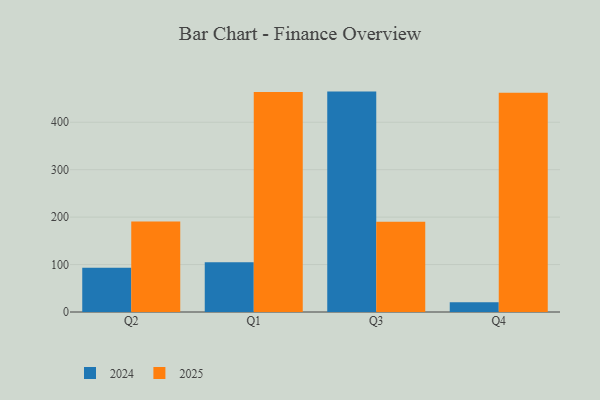
{"axis": {"x": "Quarter", "y": "Inventory Turnover"}, "legend": ["2024", "2025"], "data": [{"x": "Q2", "y": 190.6, "type": "2025"}, {"x": "Q2", "y": 93.3, "type": "2024"}, {"x": "Q1", "y": 463.5, "type": "2025"}, {"x": "Q1", "y": 104.9, "type": "2024"}, {"x": "Q3", "y": 190.5, "type": "2025"}, {"x": "Q3", "y": 464.6, "type": "2024"}, {"x": "Q4", "y": 462.4, "type": "2025"}, {"x": "Q4", "y": 20.3, "type": "2024"}]}